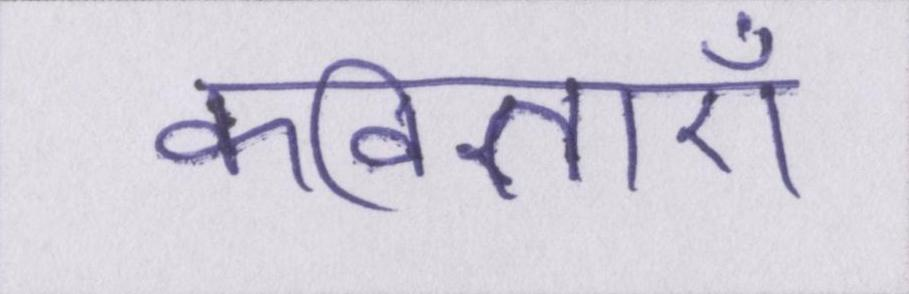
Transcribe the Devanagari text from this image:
कविताएँ